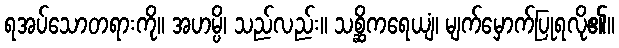
ရအပ်သောတရားကို။ အဟမ္ပိ၊ သည်လည်း။ သစ္ဆိကရေယျံ၊ မျက်မှောက်ပြုရလို၏။